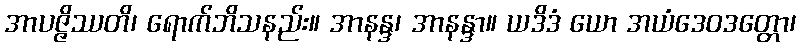
အာပဇ္ဇိဿတိ၊ ရောက်ဘိသနည်း။ အာနန္ဒ၊ အာနန္ဒာ။ ယဒိဒံ ယော အယံဒေဝဒတ္တော၊